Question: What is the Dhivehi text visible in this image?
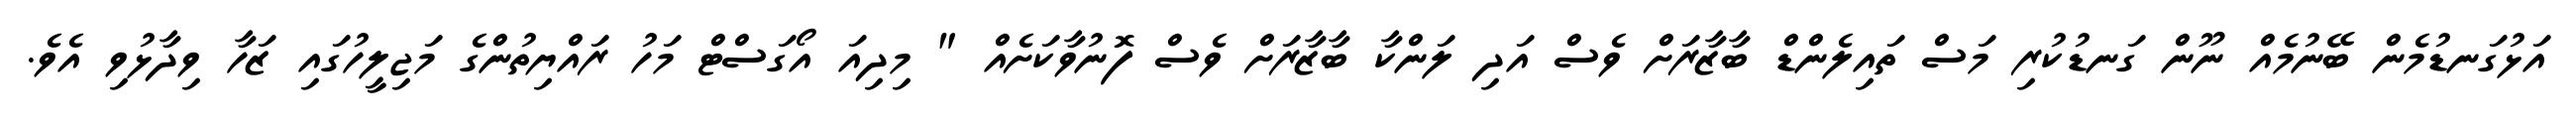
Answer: އަޅުގަނޑުމެން ބޭނުމެއް ނޫން ގަނޑުކުރި މަސް ތައިލެންޑް ބާޒާރަށް ވެސް އަދި ލަންކާ ބާޒާރަށް ވެސް ފޮނުވާކަށެއް " މިދިއަ އޯގަސްޓް މަހު ރައްޔިތުންގެ މަޖިލީހުގައި ޒަހާ ވިދާޅުވި އެވެ.